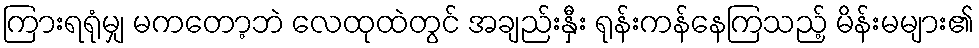
ကြားရရုံမျှ မကတော့ဘဲ လေထုထဲတွင် အချည်းနှီး ရုန်းကန်နေကြသည့် မိန်းမများ၏